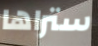
ستراها